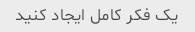
یک فکر کامل ایجاد کنید